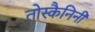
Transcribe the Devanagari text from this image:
तोस्कैनिनी